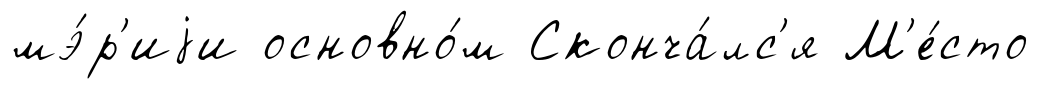
мэ́р'иjи основно́м Сконча́лс'я М'е́сто